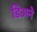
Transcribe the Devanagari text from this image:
डिअने